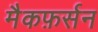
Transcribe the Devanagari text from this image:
मैकफ़र्सन